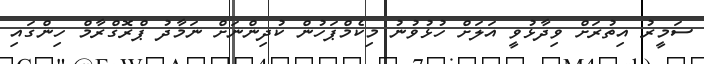
ސަމީރު އިތުރަށް ވިދާޅުވީ އަލަށް ހުޅުވުނު މިކެމްޕަހުން ކުދިންނަށް ނަމާދު ޕްރޮގްރާމް ހިންގައި